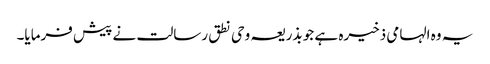
یہ وہ الہامی ذخیرہ ہے جو بذریعہ وحی نطق رسالت نے پیش فرمایا۔